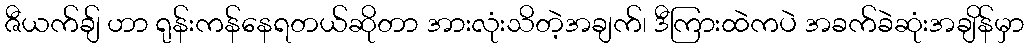
ဇီယက်ချ် ဟာ ရုန်းကန်နေရတယ်ဆိုတာ အားလုံးသိတဲ့အချက်၊ ဒီကြားထဲကပဲ အခက်ခဲဆုံးအချိန်မှာ